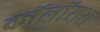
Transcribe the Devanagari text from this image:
कॉलॉसस